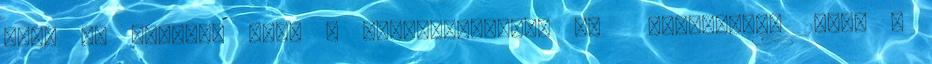
ahol az Anthrax volt a vendégzenekar. 30 Szeptember 26-án a